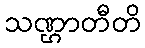
သဏ္ဌာတီတိ